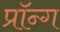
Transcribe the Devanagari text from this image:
प्रॉन्ग